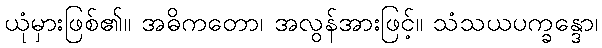
ယုံမှားဖြစ်၏။ အဓိကတော၊ အလွန်အားဖြင့်။ သံသယပက္ခန္ဒော၊